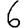
Digit: 6